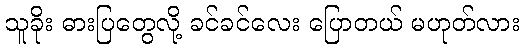
သူခိုး ဓားပြတွေလို့ ခင်ခင်လေး ပြောတယ် မဟုတ်လား